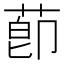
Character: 莭